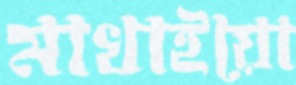
মাখাইয়ো